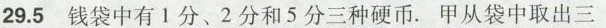
29.5 钱袋中有1分、2分和5分三种硬币.甲从袋中取出三